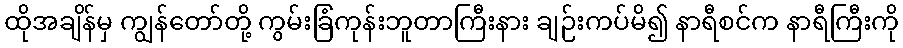
ထိုအချိန်မှ ကျွန်တော်တို့ ကွမ်းခြံကုန်းဘူတာကြီးနား ချဉ်းကပ်မိ၍ နာရီစင်က နာရီကြီးကို